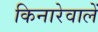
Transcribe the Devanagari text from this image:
किनारेवालें